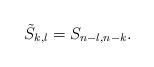
LaTeX: \begin{align*}\tilde{S}_{k,l}=S_{n-l,n-k}.\end{align*}